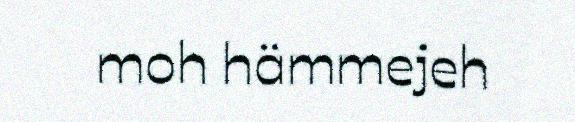
moh hämmejeh